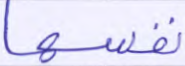
نفسها